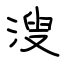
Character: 溲